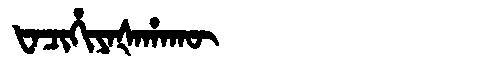
Manchu: ᡶᠠᠴᡳᡥᡳᠶᠠᡧᠠᡥᠠᡴᡡ
Romanization: FACIHIYAŠAHAKŪ